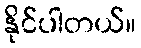
နိုင်ပါတယ်။